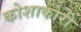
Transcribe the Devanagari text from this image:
कोशाकारी